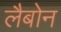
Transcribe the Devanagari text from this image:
लैबोन